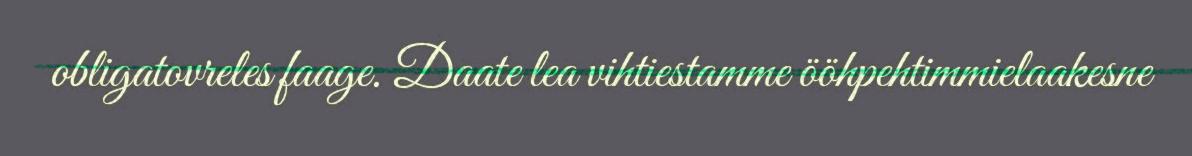
obligatovreles faage. Daate lea vihtiestamme ööhpehtimmielaakesne